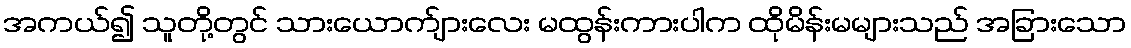
အကယ်၍ သူတို့တွင် သားယောက်ျားလေး မထွန်းကားပါက ထိုမိန်းမများသည် အခြားသော